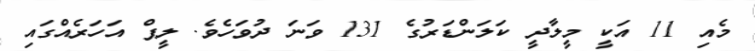
މެއި 11 އަކީ މީލާދީ ކަލަންޑަރުގެ 131 ވަނަ ދުވަހެވެ. ލީޕް އަހަރެއްގައި